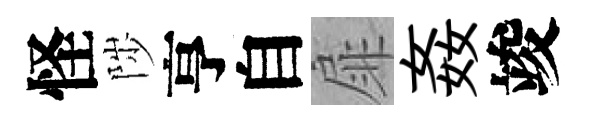
怪陟亨自扉姦竣